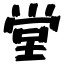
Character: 堂